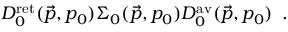
D _ { 0 } ^ { \mathrm { r e t } } ( \vec { p } , p _ { 0 } ) \Sigma _ { 0 } ( \vec { p } , p _ { 0 } ) D _ { 0 } ^ { \mathrm { a v } } ( \vec { p } , p _ { 0 } ) \, \, \, .